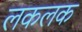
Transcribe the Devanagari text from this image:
लकलक